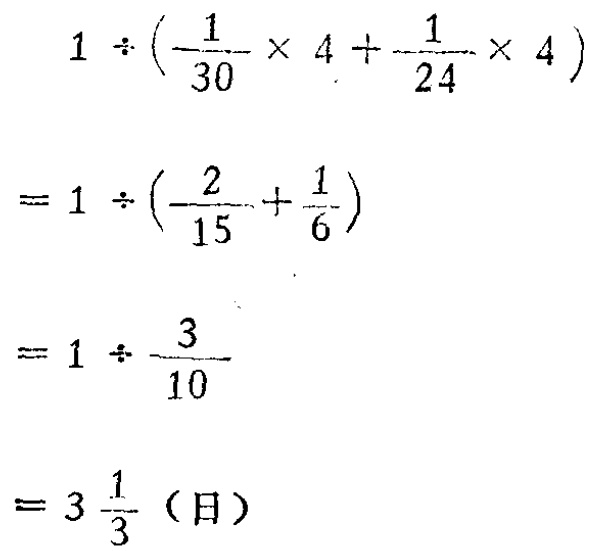
\[

\begin{align*}

&1\div(\frac{1}{30}\times4 + \frac{1}{24}\times4)\\

=&1\div(\frac{2}{15}+\frac{1}{6})\\

=&1\div\frac{3}{10}\\

=&3\frac{1}{3}（日）

\end{align*}

\]